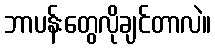
ဘာပန်းတွေလိုချင်တာလဲ။